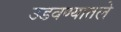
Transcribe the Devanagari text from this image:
उडवण्यातले